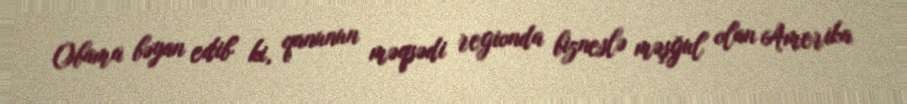
Obama bəyan edib ki, qanunun məqsədi regionda bizneslə məşğul olan Amerika